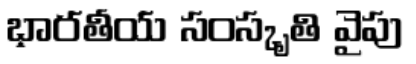
భారతీయ సంస్కృతి వైపు